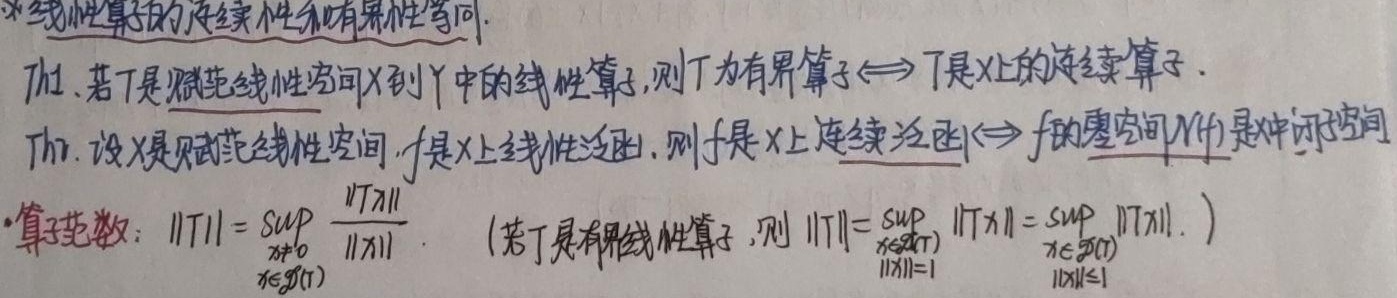
注：线性算子的连续性和有界性等同。
Th1. 若\(T\)是赋范线性空间\(X\)到\(Y\)中的线性算子，则\(T\)为有界算子\(\Leftrightarrow T\)是\(X\)上的连续算子。
Th2. 设\(X\)是赋范线性空间，\(f\)是\(X\)上线性泛函，则\(f\)是\(X\)上连续泛函\(\Leftrightarrow f\)的零空间\(N(f)\)是闭子空间。
- 算子范数：\(\|T\|=\sup_{\substack{x\in\mathscr{D}(T)\\x\neq 0}}\frac{\|Tx\|}{\|x\|}\)。 (若\(T\)是有界线性算子，则\(\|T\|=\sup_{\substack{x\in\mathscr{D}(T)\\\|x\| = 1}}\|Tx\|=\sup_{\substack{x\in\mathscr{D}(T)\\\|x\|\leq 1}}\|Tx\|\)。 )